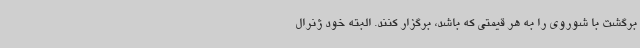
برگشت با شوروی را به هر قیمتی که باشد، برگزار کنند. البته خود ژنرال